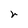
Character: r